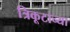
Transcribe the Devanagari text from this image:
त्रिकूटाच्या